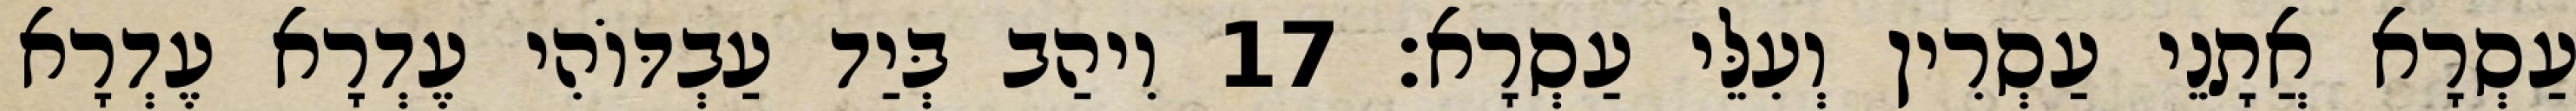
עַסְרָא אֲתָנֵי עַסְרִין וְעִלֵּי עַסְרָא׃ 17 וִיהַב בְּיַד עַבְדּוֹהִי עֶדְרָא עֶדְרָא